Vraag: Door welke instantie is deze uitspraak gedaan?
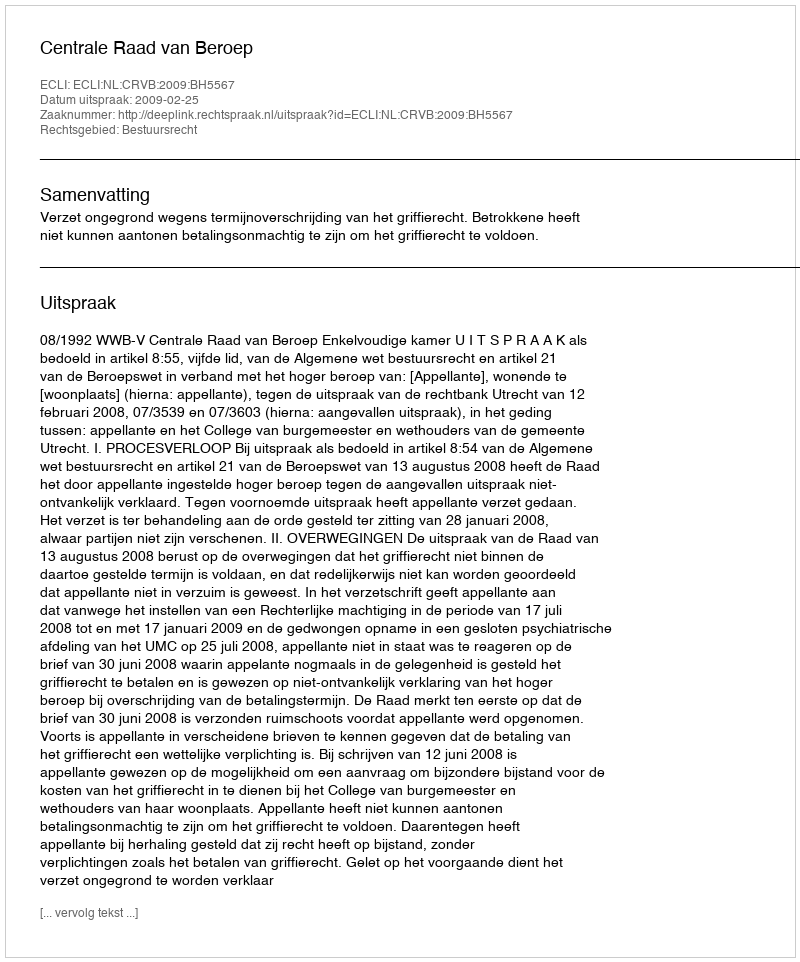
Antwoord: Centrale Raad van Beroep